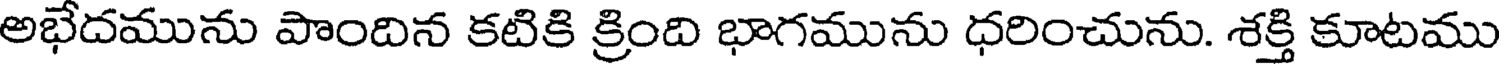
అభేదమును పొందిన కటికి క్రింది భాగమును ధరించును. శక్తి కూటము